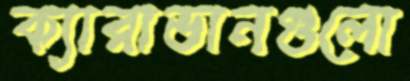
ক্যারাভানগুলো